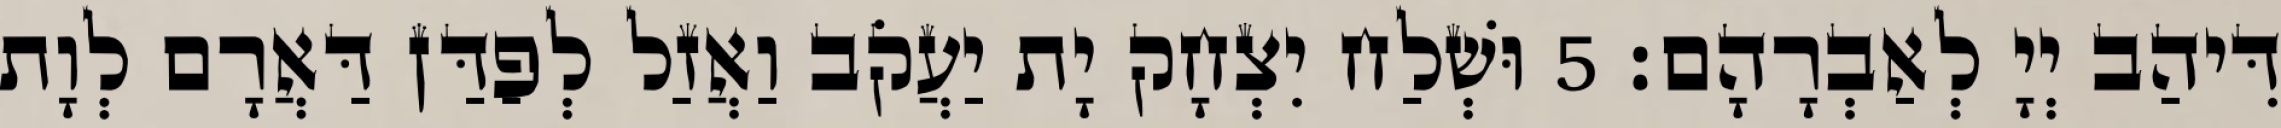
דִּיהַב יְיָ לְאַבְרָהָם׃ 5 וּשְׁלַח יִצְחָק יָת יַעֲקֹב וַאֲזַל לְפַדַּן דַּאֲרָם לְוָת